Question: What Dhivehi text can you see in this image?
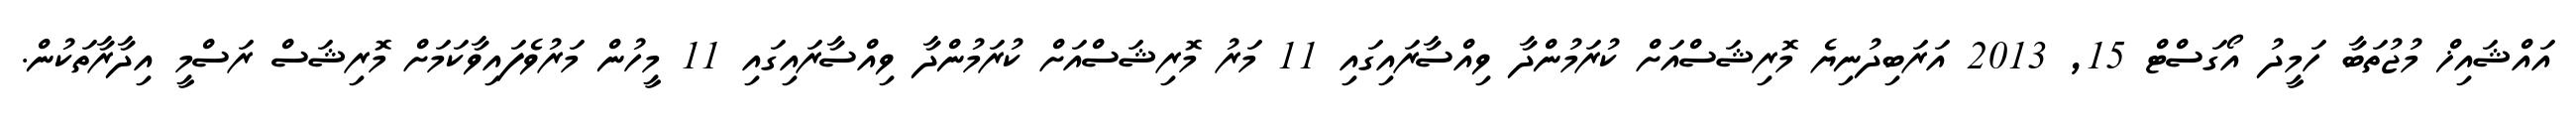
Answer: އައްޝައިޚް މުޖުތަބާ ހަމީދު އޯގަސްޓް 15, 2013 އަރަބިދުނިޔެ މޮރިޝަސްއަށް ކުރަމުންދާ ވިއްސާރައިގައި 11 މަރު މޮރިޝަސްއަށް ކުރަމުންދާ ވިއްސާރައިގައި 11 މީހުން މަރުވެފައިވާކަމަށް މޮރިޝަސް ރަސްމީ އިދާރާތަކުން.